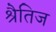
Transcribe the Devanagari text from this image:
श्रैतिज